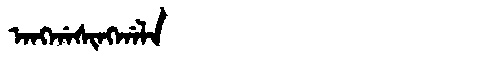
Manchu: ᠠᠩᡤᠠᠰᡳᠩᡤᠠᠯᠠ
Romanization: ANGGASINGGALA